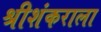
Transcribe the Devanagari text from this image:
श्रीशंकराला